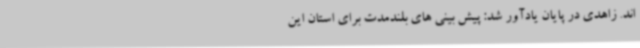
اند. زاهدی در پایان یادآور شد: پیش بینی های بلندمدت برای استان این